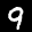
Label: 9